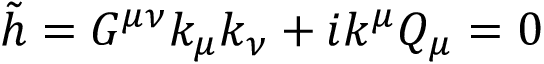
\tilde { h } = G ^ { \mu \nu } k _ { \mu } k _ { \nu } + i k ^ { \mu } Q _ { \mu } = 0